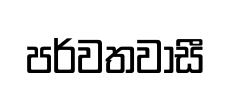
පර්වතවාසී